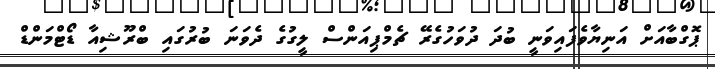
ޕޮގްބާއަށް އަނިޔާވެފައިވަނީ ބުދަ ދުވަހުގެރޭ ޗެމްޕިއަންސް ލީގުގެ ދެވަނަ ބުރުގައި ބްރޫޝިއާ ޑޯޓްމަންޑް